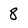
Character: 8